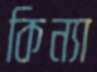
কিন্যা